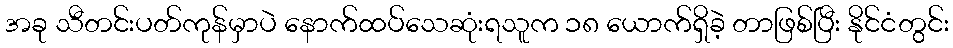
အခု သီတင်းပတ်ကုန်မှာပဲ နောက်ထပ်သေဆုံးရသူက ၁၈ ယောက်ရှိခဲ့ တာဖြစ်ပြီး နိုင်ငံတွင်း